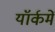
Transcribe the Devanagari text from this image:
यॉर्कमें